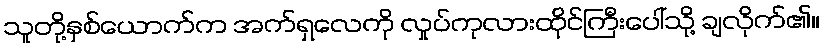
သူတို့နှစ်ယောက်က အက်ရှလေကို လှုပ်ကုလားထိုင်ကြီးပေါ်သို့ ချလိုက်၏။